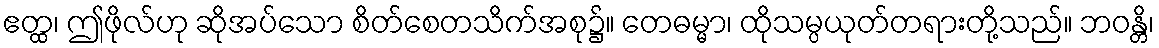
ဧတ္ထ၊ ဤဖိုလ်ဟု ဆိုအပ်သော စိတ်စေတသိက်အစု၌။ တေဓမ္မာ၊ ထိုသမ္ပယုတ်တရားတို့သည်။ ဘဝန္တိ၊